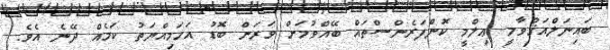
ބައިނަލްއަޤްވާމީ ޢިލްމީ ކޮންފަރެންސްތައް ބޭއްވުމަށް ވަރަށް ބޮޑު އަހަމިއްޔަތު ކަމެއް ދޭނެ އެވެ.